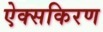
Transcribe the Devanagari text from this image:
ऐक्सकिरण